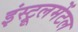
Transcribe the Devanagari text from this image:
इंस्ट्रूलमेंटल